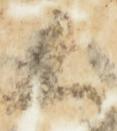
候